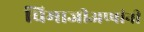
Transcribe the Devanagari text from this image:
चिमाजीअप्पांनी